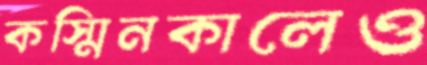
কস্মিনকালেও